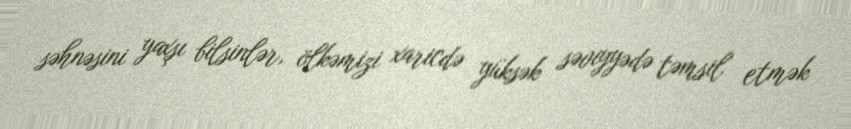
səhnəsini yaxşı bilsinlər, ölkəmizi xaricdə yüksək səviyyədə təmsil etmək